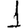
Digit: 1